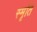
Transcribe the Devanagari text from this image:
स्‍मृति